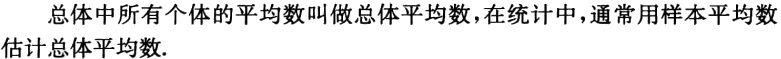
总体中所有个体的平均数叫做总体平均数,在统计中,通常用样本平均数估计总体平均数.